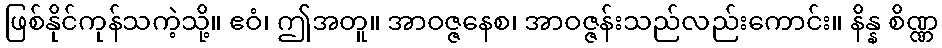
ဖြစ်နိုင်ကုန်သကဲ့သို့။ ဧဝံ၊ ဤအတူ။ အာဝဇ္ဇနေစ၊ အာဝဇ္ဇန်းသည်လည်းကောင်း။ နိန္န စိဏ္ဏ